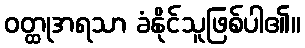
ဝတ္ထုအရသာ ခံနိုင်သူဖြစ်ပါ၏။